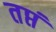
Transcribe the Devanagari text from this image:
तप्तं